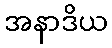
အနာဒိယ